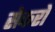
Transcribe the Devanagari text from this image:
सेकरो